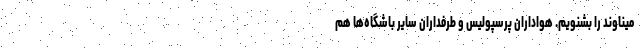
میناوند را بشنویم. هواداران پرسپولیس و طرفداران سایر باشگاه‌ها هم